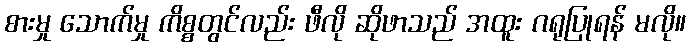
စားမှု သောက်မှု ကိစ္စတွင်လည်း ဖီလို ဆိုဖာသည် အထူး ဂရုပြုရန် မလို။